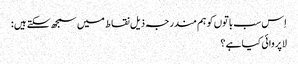
اِس سب باتوں کو ہم مندرجہ ذیل نقاط میں سمجھ سکتے ہیں :
لاپروائی کیا ہے ؟